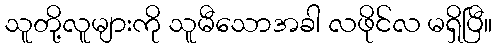
သူတို့လူများကို သူမီသောအခါ လဖိုင်လ မရှိပြီ။